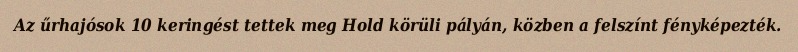
Az űrhajósok 10 keringést tettek meg Hold körüli pályán, közben a felszínt fényképezték.